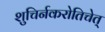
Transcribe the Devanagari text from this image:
शुचिर्नकरोतिचेत्